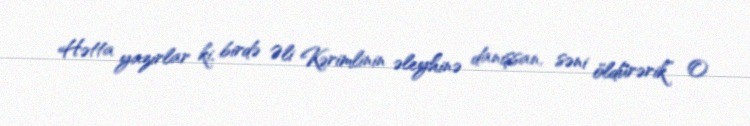
Hətta yazırlar ki, birdə Əli Kərimlinin əleyhinə danışsan, səni öldürərik” O